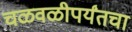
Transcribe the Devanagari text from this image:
चळवळीपर्यंतचा